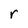
Character: r